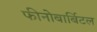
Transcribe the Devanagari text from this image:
फीनोबार्बिटल